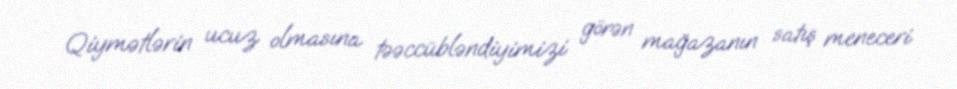
Qiymətlərin ucuz olmasına təəccübləndiyimizi görən mağazanın satış meneceri